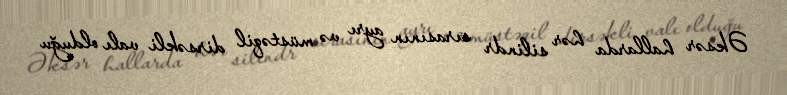
Əksər hallarda hər silindr sırasının ayrı və müstəqil dirsəkli valı olduğu